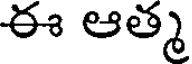
ఈ ఆత్మ